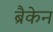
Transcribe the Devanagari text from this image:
ब्रैकेन